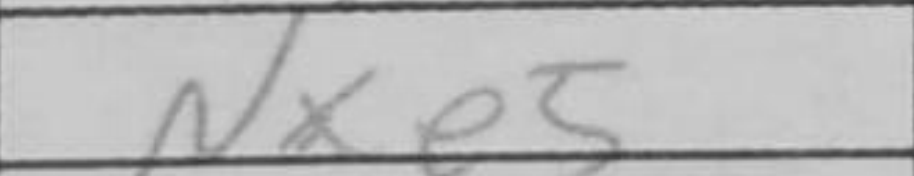
Transcription: Nxe5